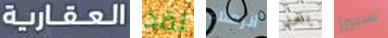
العقارية لقد الزملاء بعد سبيرز